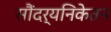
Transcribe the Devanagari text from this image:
सौंदर्यनिकेतन